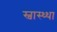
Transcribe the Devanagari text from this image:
स्वास्थ्था